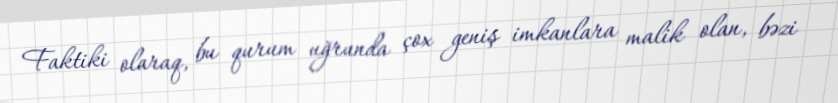
Faktiki olaraq, bu qurum uğrunda çox geniş imkanlara malik olan, bəzi